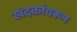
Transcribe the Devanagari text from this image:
खंदकांवरून